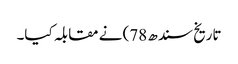
تاریخ سندھ 78) نے مقابلہ کیا۔